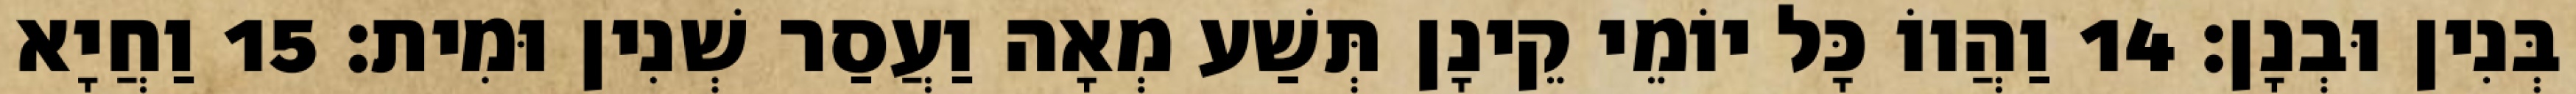
בְּנִין וּבְנָן׃ 14 וַהֲווֹ כָּל יוֹמֵי קֵינָן תְּשַׁע מְאָה וַעֲסַר שְׁנִין וּמִית׃ 15 וַחֲיָא